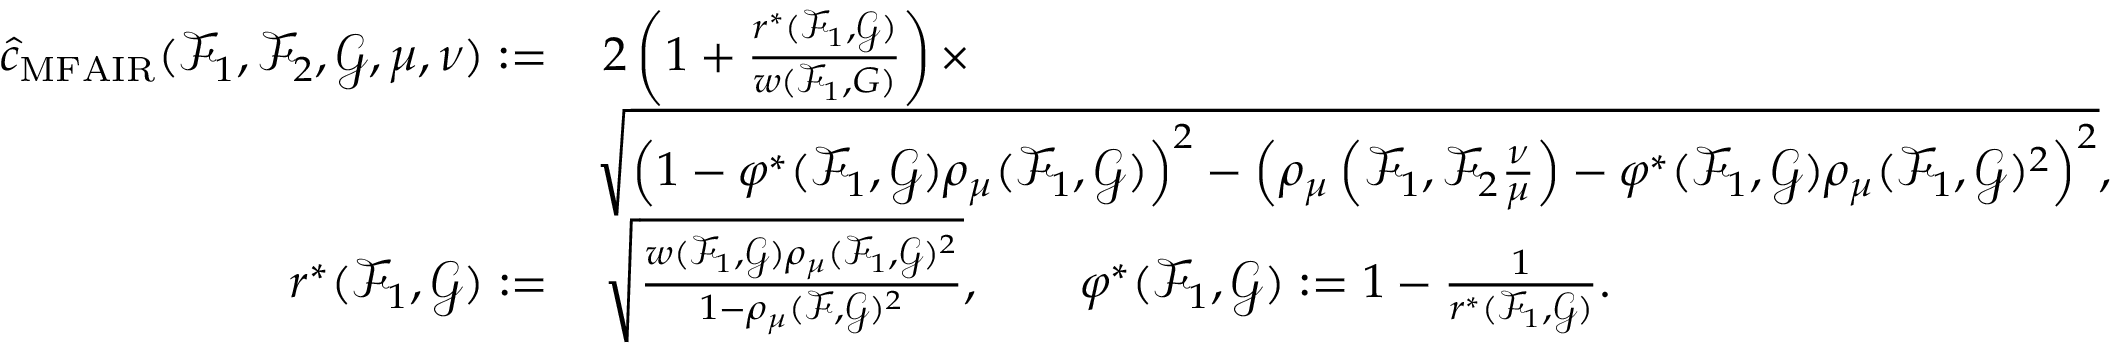
\begin{array} { r l } { \hat { c } _ { \mathrm { M F A I R } } ( \mathcal { F } _ { 1 } , \mathcal { F } _ { 2 } , \mathcal { G } , \mu , \nu ) : = } & { \, 2 \left( 1 + \frac { r ^ { \ast } ( \mathcal { F } _ { 1 } , \mathcal { G } ) } { w ( \mathcal { F } _ { 1 } , G ) } \right) \times } \\ & { \sqrt { \left( 1 - \varphi ^ { \ast } ( \mathcal { F } _ { 1 } , \mathcal { G } ) \rho _ { \mu } ( \mathcal { F } _ { 1 } , \mathcal { G } ) \right) ^ { 2 } - \left( \rho _ { \mu } \left( \mathcal { F } _ { 1 } , \mathcal { F } _ { 2 } \frac { \nu } { \mu } \right) - \varphi ^ { \ast } ( \mathcal { F } _ { 1 } , \mathcal { G } ) \rho _ { \mu } ( \mathcal { F } _ { 1 } , \mathcal { G } ) ^ { 2 } \right) ^ { 2 } } , } \\ { r ^ { \ast } ( \mathcal { F } _ { 1 } , \mathcal { G } ) : = } & { \, \sqrt { \frac { w ( \mathcal { F } _ { 1 } , \mathcal { G } ) \rho _ { \mu } ( \mathcal { F } _ { 1 } , \mathcal { G } ) ^ { 2 } } { 1 - \rho _ { \mu } ( \mathcal { F } , \mathcal { G } ) ^ { 2 } } } , \qquad \varphi ^ { \ast } ( \mathcal { F } _ { 1 } , \mathcal { G } ) : = 1 - \frac { 1 } { r ^ { \ast } ( \mathcal { F } _ { 1 } , \mathcal { G } ) } . } \end{array}